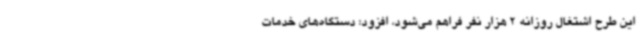
این طرح اشتغال روزانه 2 هزار نفر فراهم می‌شود، افزود: دستگاه‌های خدمات